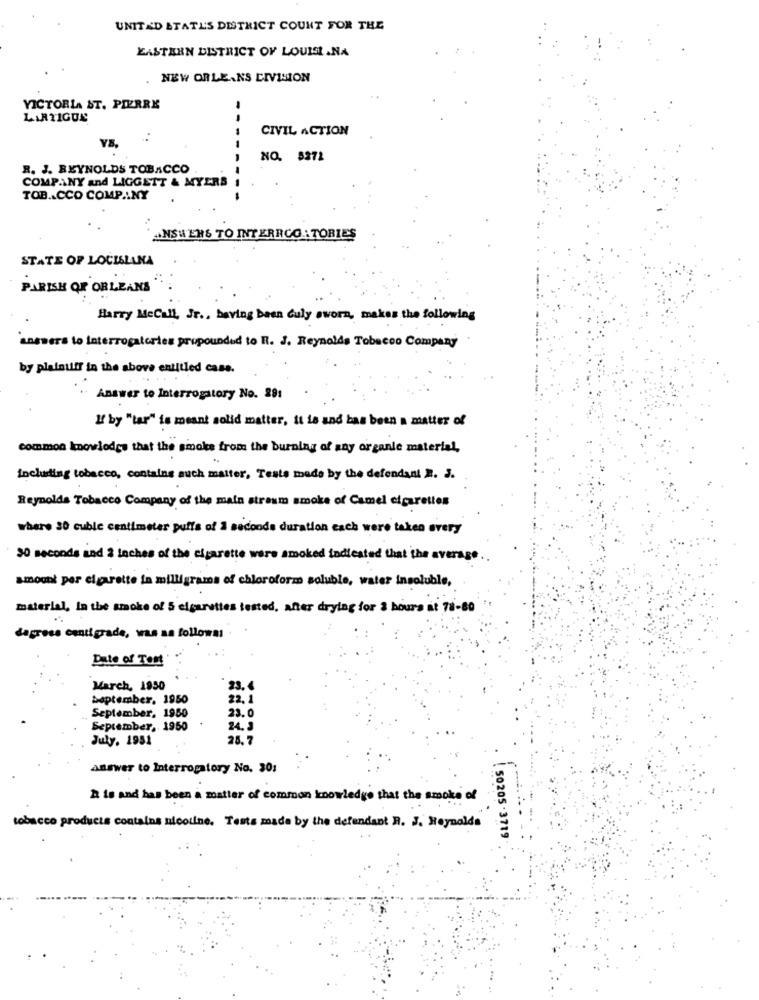
UNITED STATES DISTRICT COUNT FOR THE
EASTERN DISTRICT OF LOUISE .NA
NEW ORLEANS CIVISION
VICTORIA ST. PIERRE
-
LARTIGUE
CIVIL ACTION
NO. 5272
R. J. REYNOLDS TOBACCO
COMPANY and LIGGETT & MYERS
TOBACCO COMP .. NY
ANSWERS TO INTERRCO : TORIES
STATE OF LOCISLANA
PARISH OF ORLEANS
Harry McCall, Jr ., having been duly aworm, makes the following
answers to interrogatories propounded to R. J. Reynolds Tobacco Company
by plainuff in the above entitled case.
· Answer to Interrogatory No. 29:
If by "tar" is meant solid matter, it is and has been a matter of
common knowledge that the smoke from the burning of say organic material,
including tobacco, contains auch matter, Teste made by the defendant 2. J.
Reynolds Tobacco Company of the main streum smoke of Camel cigarettes
where 30 cuble centimeter puffa of 3 seconds duration each were taken every
30 seconds and 2 inches of the cigarette were smoked indicated that the average
amount per cigarette in milligrams of chloroform soluble, water insoluble,
material, In the smoke of 5 cigarettes tested, after drylag for 2 hours at 78-80
dagress centigrade, was as follows:
Date of Test
March, 1950
23. 4
September. 1950
22. 1
September, 1950
23.0
September, 1950
24.3
July. 1951
25. 7
answer to Interrogatory No. 30:
It is and has been a matter of common knowledge that the smoke of
tobacco products contains nicotine. Testa made by the defendant R. J. Reynolds
50205 .3719